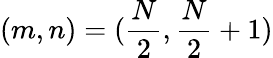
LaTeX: (m,n)=(\frac{N}{2},\frac{N}{2}+1)